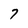
Character: 7